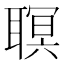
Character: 䏃